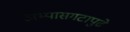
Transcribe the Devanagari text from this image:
अभ्यासगटापुढे